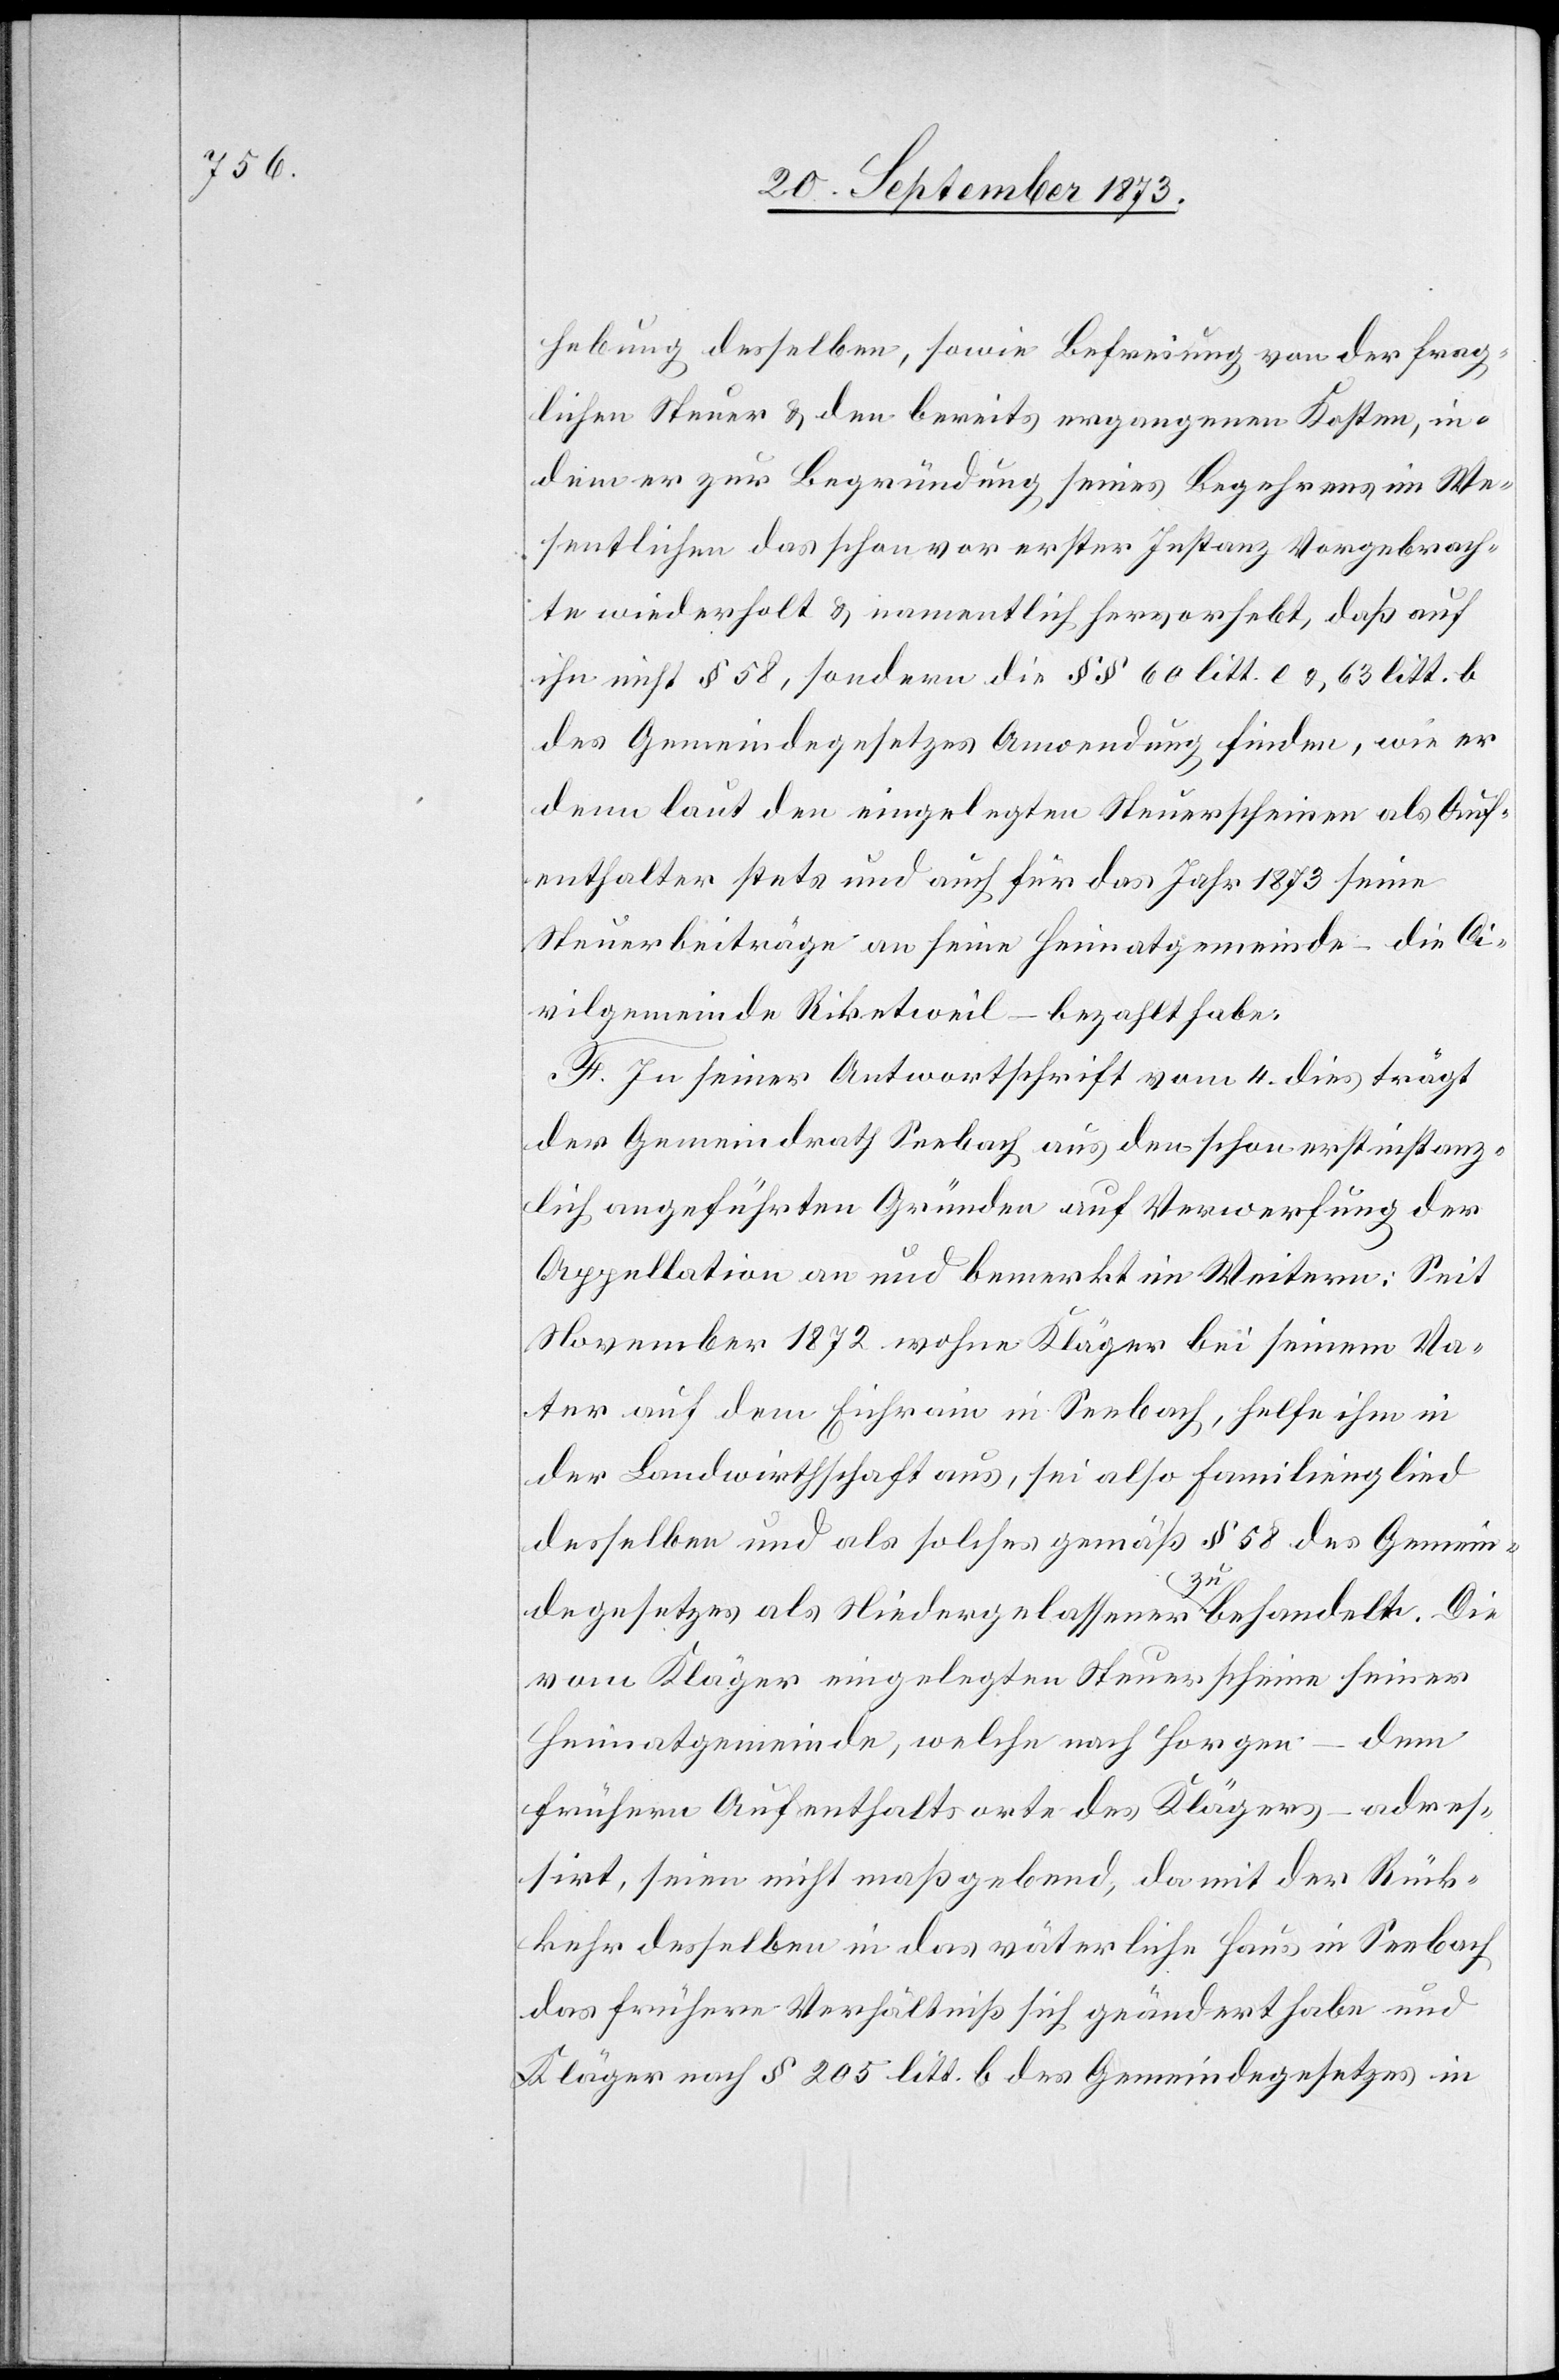
hebung desselben, sowie Befreiung von der frag¬
lichen Steuer & den bereits ergangenen Kosten, in¬
dem er zur Begründung seines Begehrens im We¬
sentlichen das schon vor erster Instanz Vorgebrach¬
te wiederholt & namentlich hervorhebt, daß auf
ihn nicht § 58, sondern die §§ 60 litt. e & 63 litt. b
des Gemeindegesetzes Anwendung finden, wie er
denn laut den eingelegten Steuerscheinen als Auf¬
enthalter stets und auch für das Jahr 1873 seine
Steuerbeiträge an seine Heimatgemeinde – die Ci¬
vilgemeinde Riketweil [sic!] – bezahlt habe.
F. In seiner Antwortschrift vom 4. dies trägt
der Gemeindrath Seebach aus den schon erstinstanz¬
lich angeführten Gründen auf Verwerfung der
Appellation an und bemerkt im Weitern: Seit
November 1872 wohne Kläger bei seinem Va¬
ter auf dem Eichrain in Seebach, helfe ihm in
der Landwirthschaft aus, sei also Familienglied
desselben und als solches gemäß § 58 des Gemein¬
degesetzes als Niedergelassener zu behandeln. Die
vom Kläger eingelegten Steuerscheine seiner
Heimatgemeinde, welche nach Horgen – dem
frühern Aufenthaltsorte des Klägers – adres¬
sirt, seien nicht maßgebend, da mit der Rück¬
kehr desselben in das väterliche Haus in Seebach
das frühere Verhältniß sich geändert habe und
Kläger nach § 205 litt. b des Gemeindegesetzes in